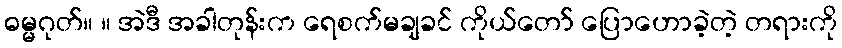
ဓမ္မဂုတ်။ ။ အဲဒီ အခါတုန်းက ရေစက်မချခင် ကိုယ်တော် ပြောဟောခဲ့တဲ့ တရားကို